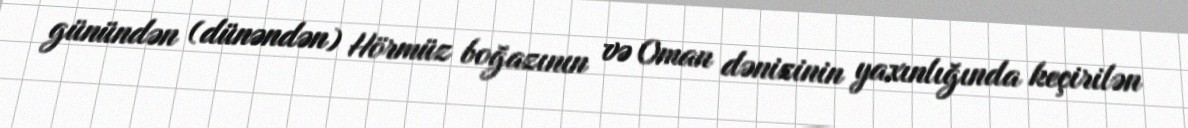
günündən (dünəndən) Hörmüz boğazının və Oman dənizinin yaxınlığında keçirilən